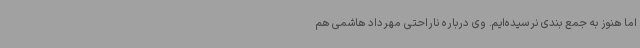
اما هنوز به جمع بندی نرسیده‌ایم. وی درباره ناراحتی مهرداد هاشمی هم